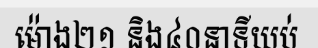
ម៉ោង២១ និង៤០នាទីយប់